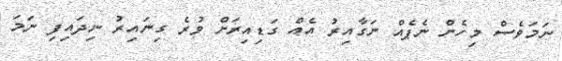
ނަމަވެސް މިހެން ނެޕެއް ނަގާއިރު އެއް ގަޑިއިރަށް ވުރެ ގިނައިރު ނިދައިފި ނަމަ